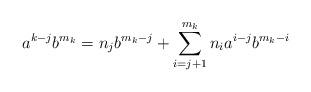
LaTeX: \begin{align*}a^{k-j} b^{m_k} = n_j b^{m_k - j} + \sum_{i = j+1}^{m_k} n_i a^{i-j} b^{m_k - i}\end{align*}